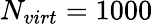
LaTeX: N_{virt}=1000